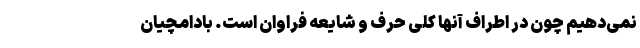
نمی‌دهیم چون در اطراف آنها کلی حرف و شایعه فراوان است. بادامچیان